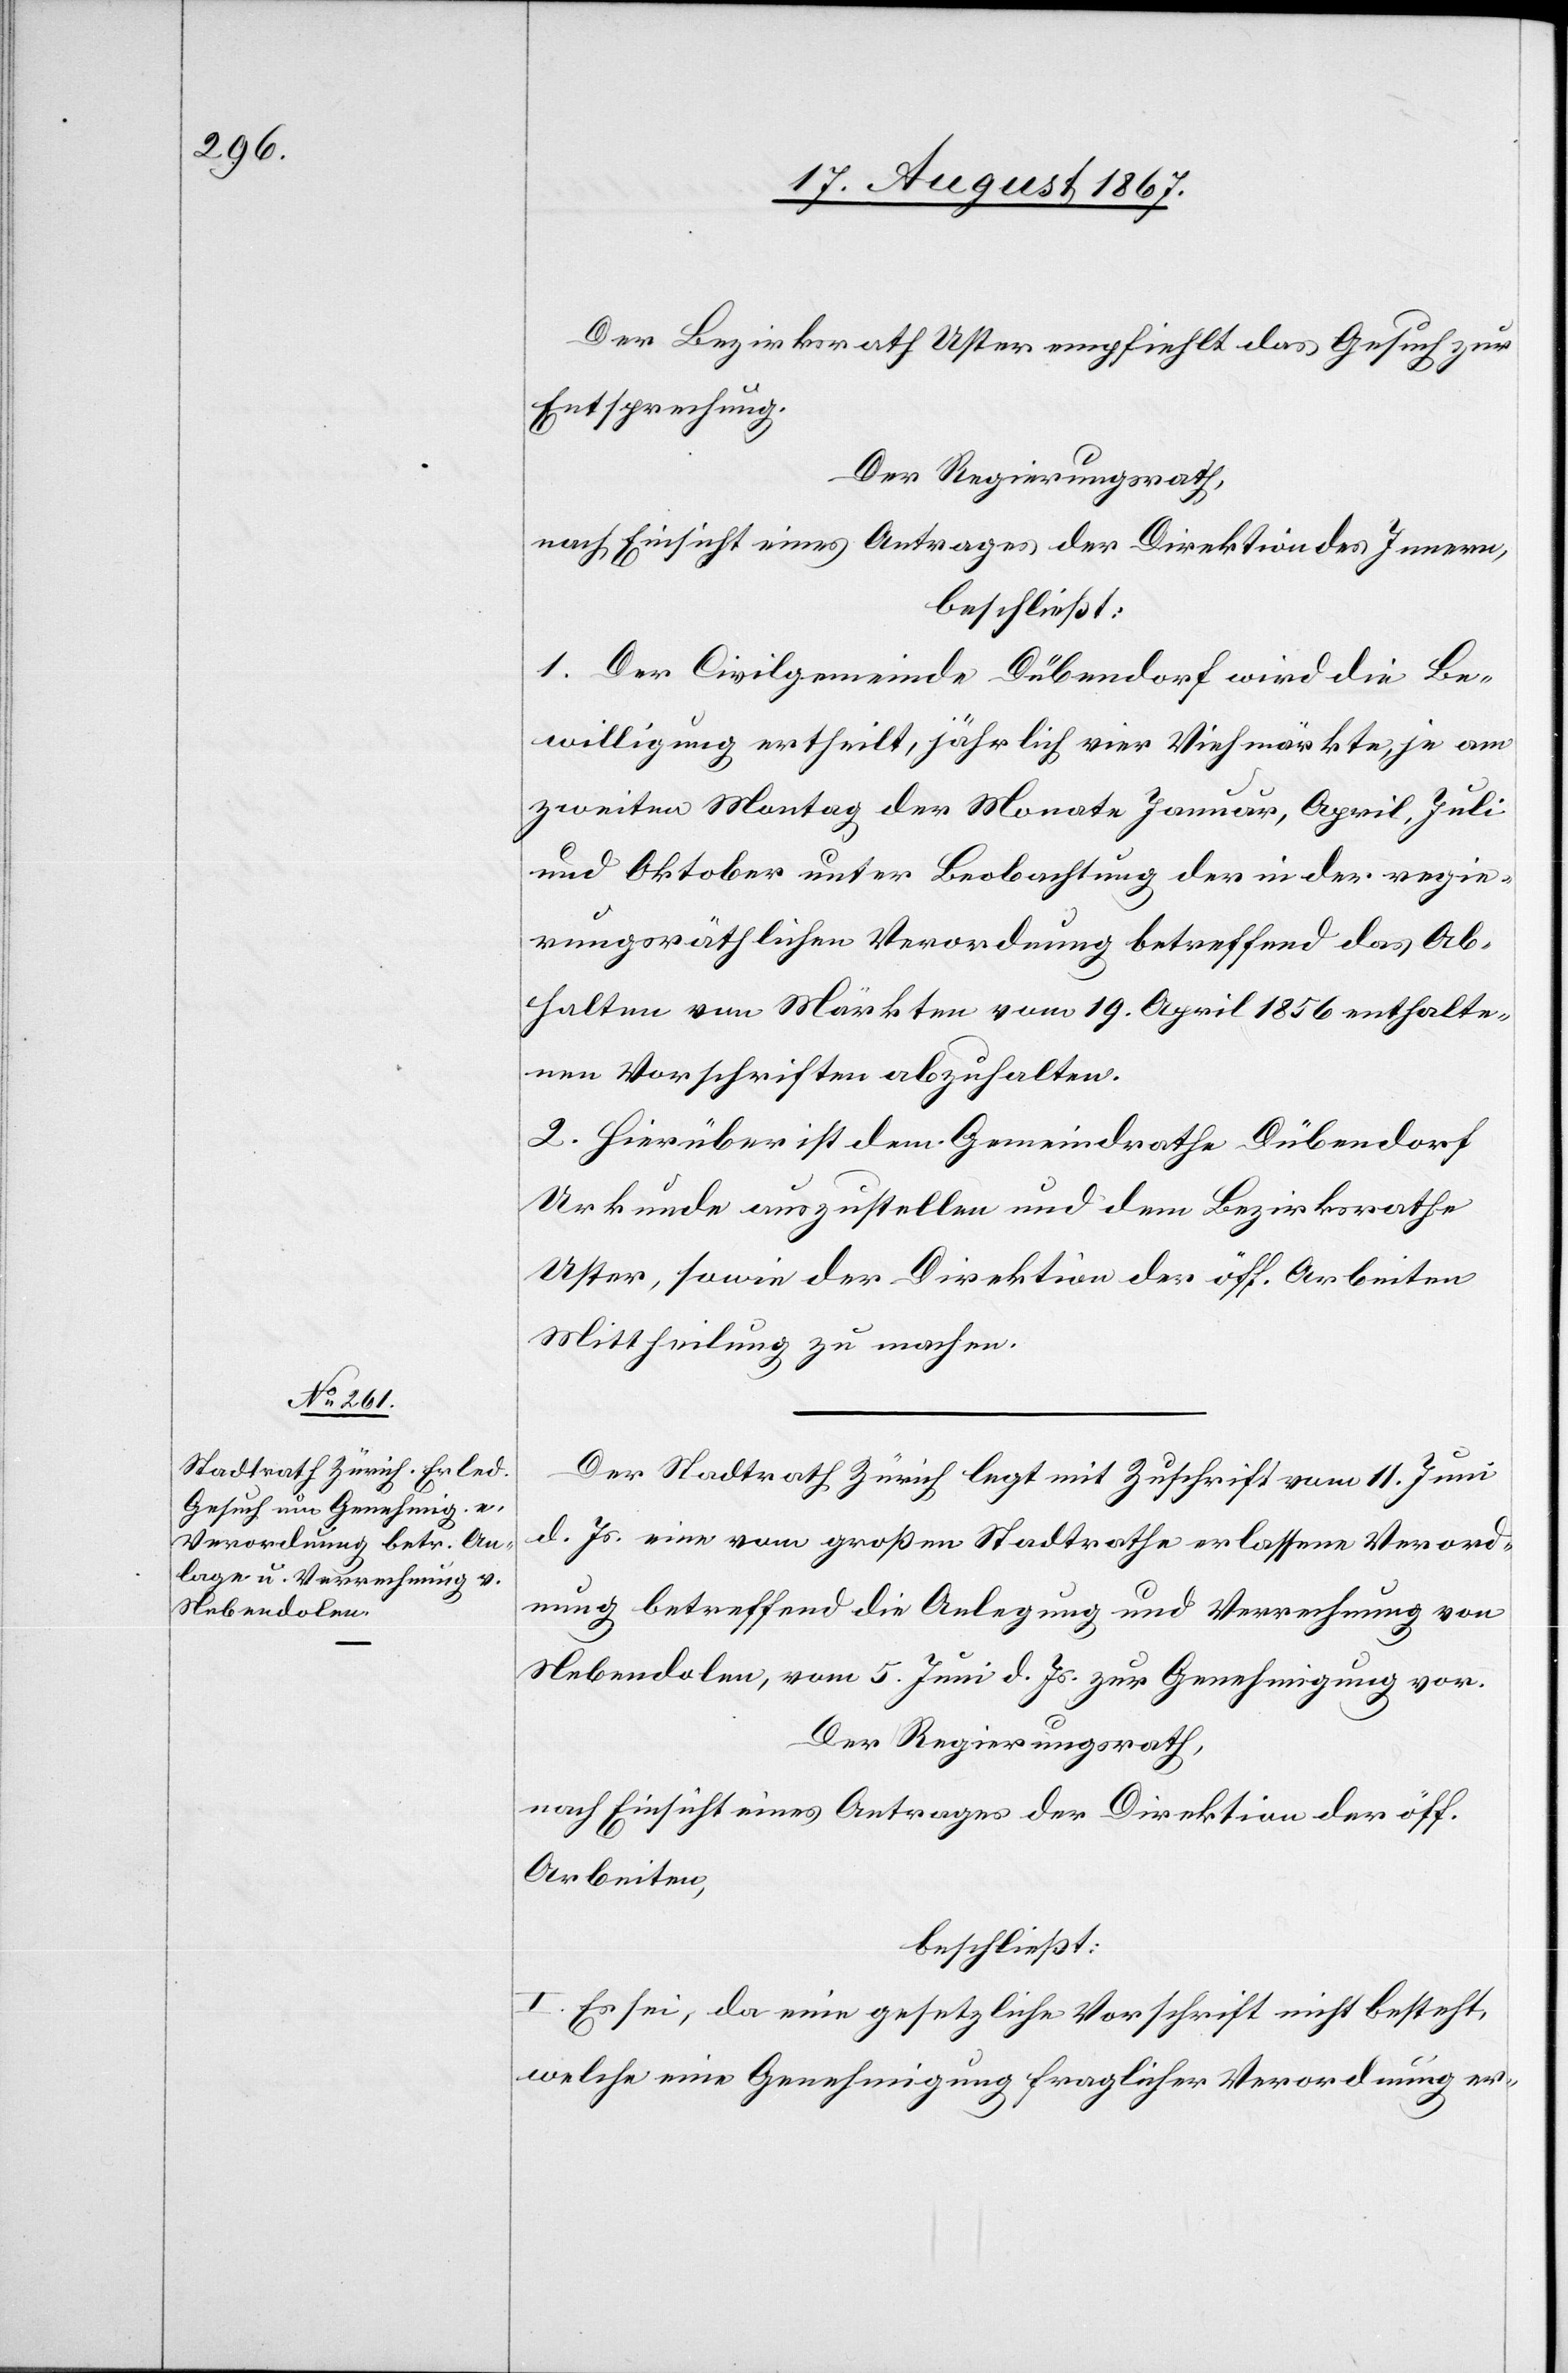
Der Bezirksrath Uster empfiehlt das Gesuch zur
Entsprechung.
Der Regierungsrath;
nach Einsicht eines Antrages der Direktion des Innern,
beschließt:
1. Der Civilgemeinde Dübendorf wird die Be¬
willigung ertheilt, jährlich vier Viehmärkte, je am
zweiten Montag der Monate Januar, April, Juli
und Oktober unter Beobachtung der in der regie¬
rungsräthlicher Verordnung betreffend das Ab¬
halten von Märkten vom 19. April 1856 enthalte¬
ne Vorschriften abzuhalten.
2. Hierüber ist dem Gemeindrathe Dübendorf
Urkunde auszustellen und dem Bezirksrathe
Uster, sowie der Direktion der öff. Arbeiten
Mittheilung zu machen.
Der Stadtrath Zürich legt mit Zuschrift vom 11. Juni
d. Js. eine vom großen Stadtrathe erlassene Verord¬
nung betreffend die Anlegung und Verrechnung von
Nebendolen, vom 5. Juni d. Js. zur Genehmigung vor.
Der Regierungsrath,
nach Einsicht eines Antrages der Direktion der öff.
Arbeiten,
beschließt:
I. Es sei, da eine gesetzliche Vorschrift nicht besteht,
welche eine Genehmigung fraglicher Verordnung er-